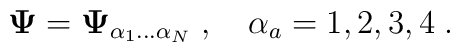
{\bf\Psi}={\bf\Psi}_{\alpha_1\ldots\alpha_N}\;,\quad\alpha_a=1,2,3,4\;.